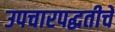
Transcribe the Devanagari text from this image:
उपचारपद्धतीचे